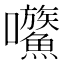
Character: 𡆍